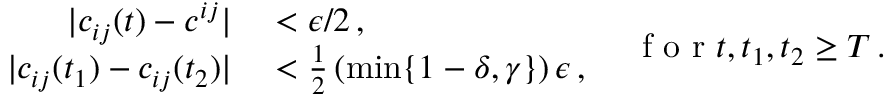
\begin{array} { r l } { | c _ { i j } ( t ) - c ^ { i j } | } & { { } < \epsilon / 2 \, , } \\ { | c _ { i j } ( t _ { 1 } ) - c _ { i j } ( t _ { 2 } ) | } & { { } < \frac { 1 } { 2 } \left( \operatorname* { m i n } \{ 1 - \delta , \gamma \} \right) \epsilon \, , } \end{array} \quad \! \mathrm { ~ f ~ o ~ r ~ } t , t _ { 1 } , t _ { 2 } \geq T \, .